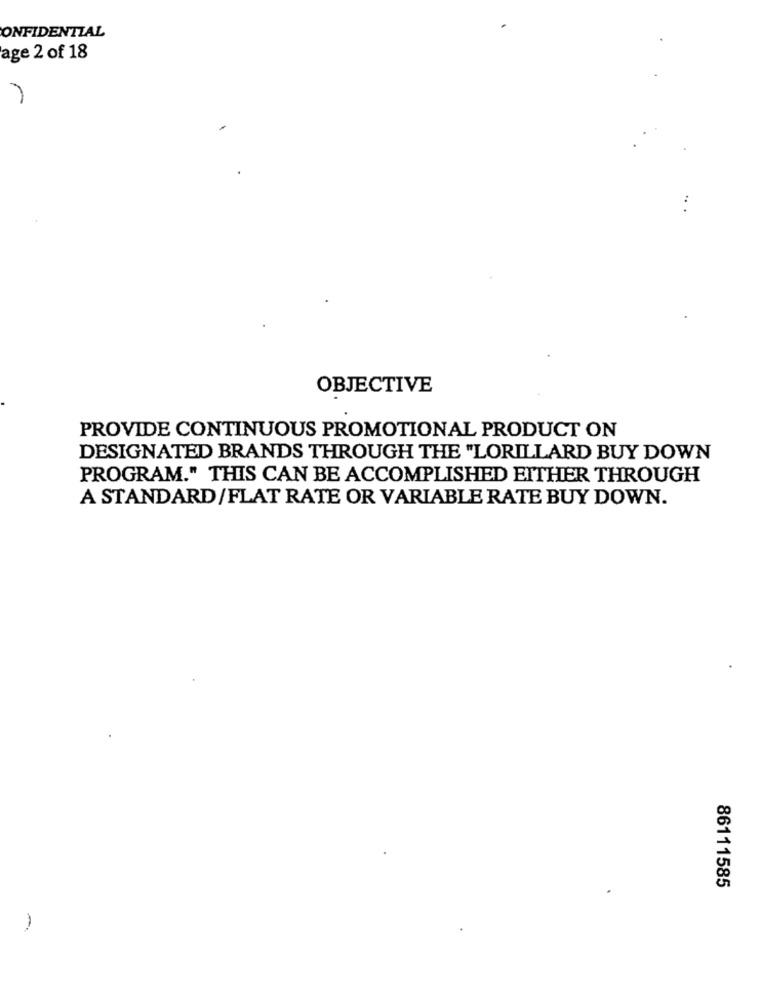
ONFIDENTIAL
age 2 of 18
OBJECTIVE
PROVIDE CONTINUOUS PROMOTIONAL PRODUCT ON
DESIGNATED BRANDS THROUGH THE "LORILLARD BUY DOWN
PROGRAM." THIS CAN BE ACCOMPLISHED EITHER THROUGH
A STANDARD/FLAT RATE OR VARIABLE RATE BUY DOWN.
86111585
-